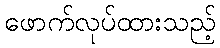
ဖောက်လုပ်ထားသည့်